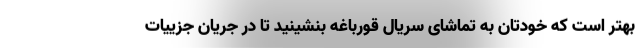
بهتر است که خودتان به تماشای سریال قورباغه بنشینید تا در جریان جزییات